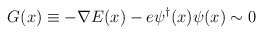
\begin{align*}G(x)\equiv -\nabla E(x)-e \psi^{\dagger}(x)\psi (x)\sim0\end{align*}